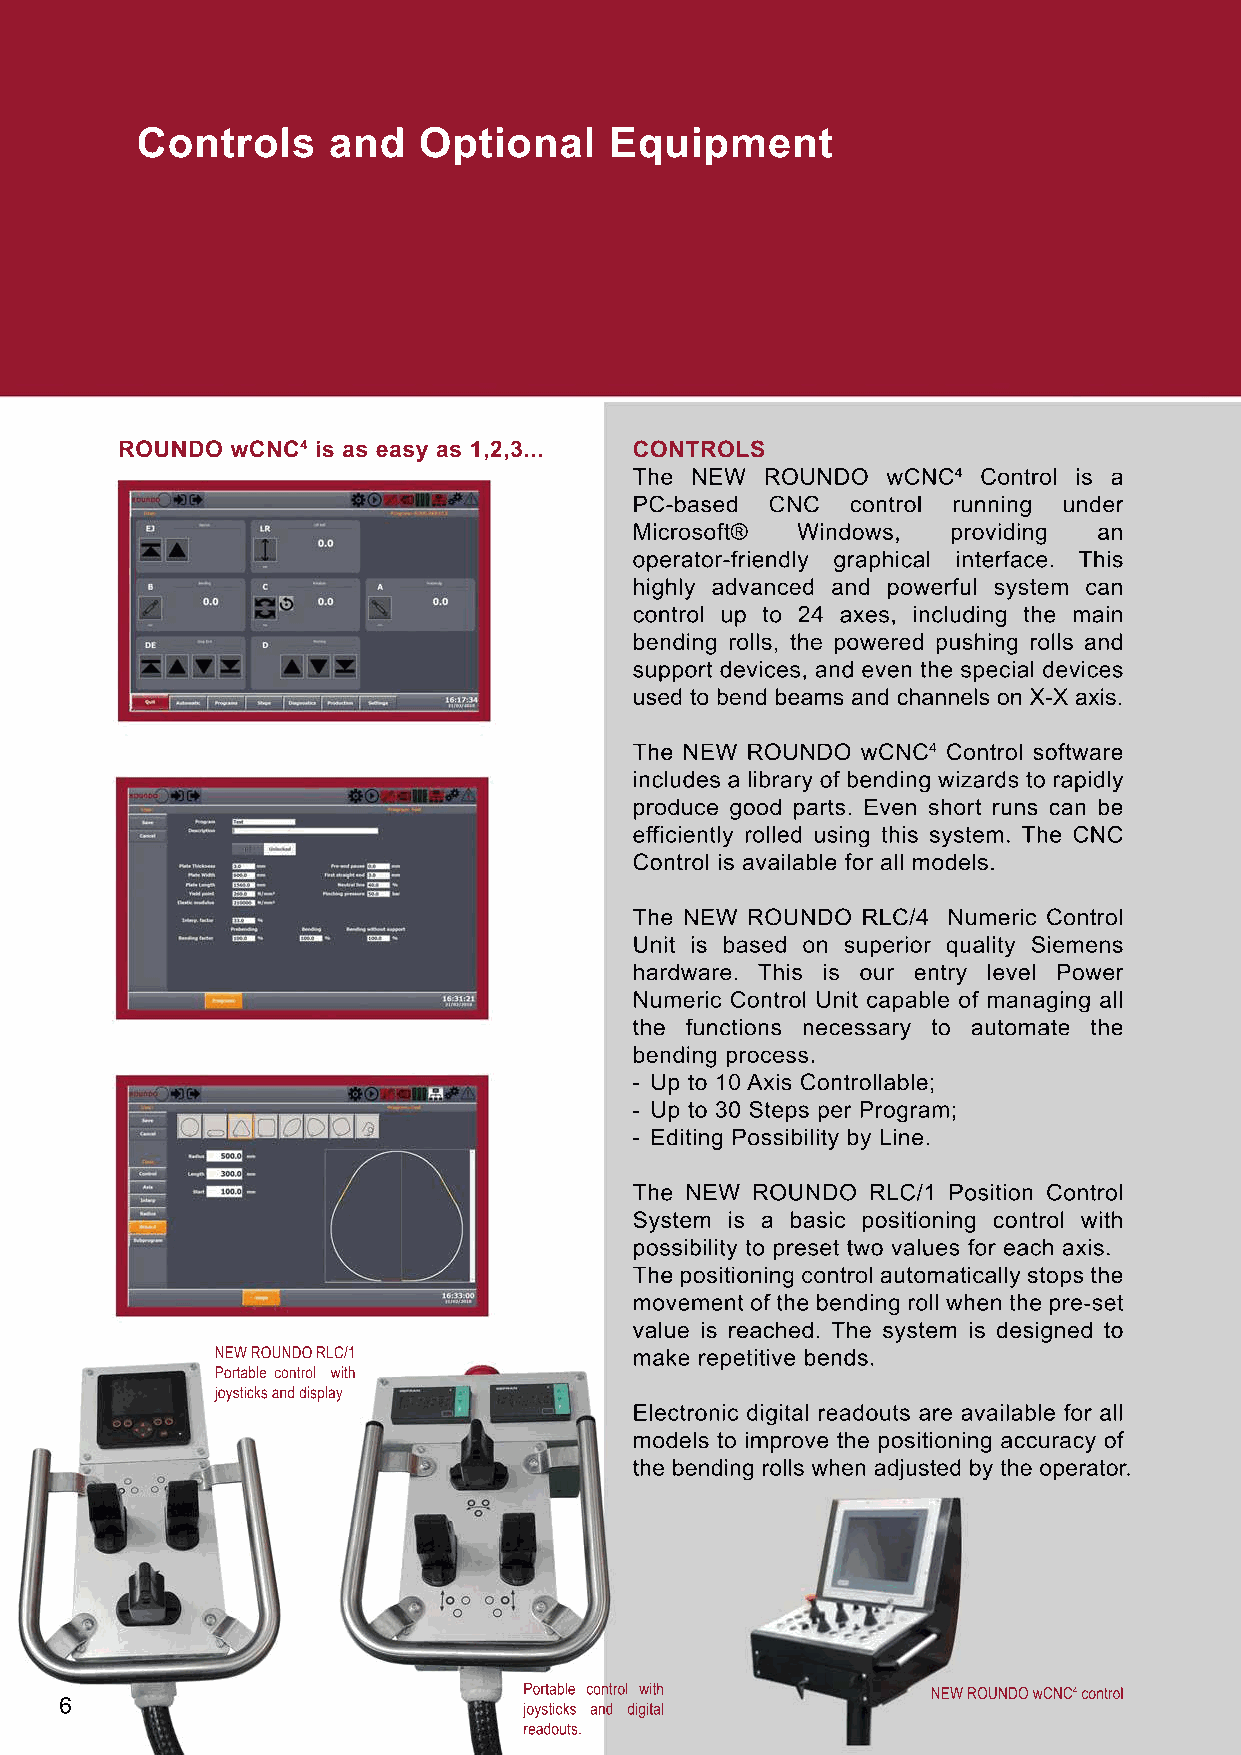
Controls     and   Optional    Equipment
 ROUNDO wCNC4 is as easy as 1,2,3... CONTROLS
 The NEW  ROUNDO  wCNC4 Control is a
 PC-based CNC  control running under
 Microsoft® Windows,  providing an
 ooppeerraattoorr--ffrriieennddllyy graphical interface. This
 highly advanced and powerful system can
 control up to 24 axes, including the main
 bending rolls, the powered pushing rolls and
 support devices, and even the special devices
 used to bend beams and channels on X-X axis.
 TThhee NEW ROUNDO wCNC4 Control software
 includes a library of bending wizards to rapidly
 produce good parts. Even short runs can be
 efficiently rolled using this system. The CNC
 Control is available for all models.
 TThhee NEW ROUNDO RLC/4 Numeric Control
 Unit is based on superior quality Siemens
 hardware. This is our entry level Power
 Numeric Control Unit capable of managing all
 the functions necessary to automate the
 bending process.
 - Up to 10 Axis Controllable;
 - Up to 30 Steps per Program;
 - Editing Possibility by Line.
 TThhee NEW ROUNDO RLC/1 Position Control
 System is a basic positioning control with
 possibility to preset two values for each axis.
 The positioning control automatically stops the
 movement of the bending roll when the pre-set
 value is reached. The system is designed to
 NEW ROUNDO RLC/1            make repetitive bends.
 Portable control with
 joysticks and display
 EElleeccttrroonniicc digital readouts are available for all
 models to improve the positioning accuracy of
 the bending rolls when adjusted by the operator.
 Portable control with      NEW ROUNDO wCNC4 control
 6                              joysticks and digital
 readouts.